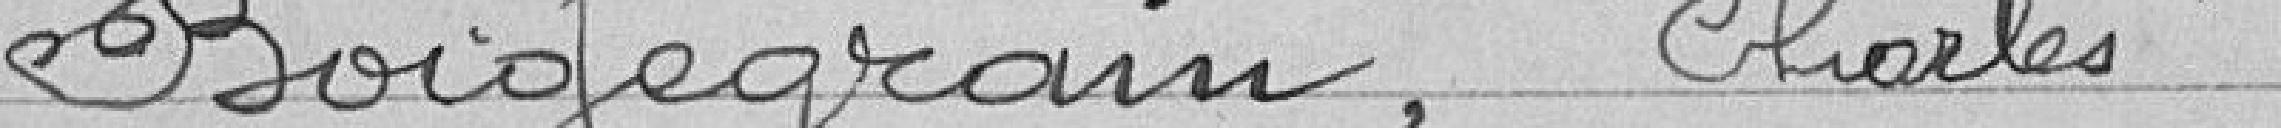
BOIGEGRAM, Charles